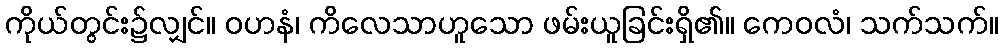
ကိုယ်တွင်း၌လျှင်။ ဝဟနံ၊ ကိလေသာဟူသော ဖမ်းယူခြင်းရှိ၏။ ကေဝလံ၊ သက်သက်။